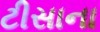
ટીસાના